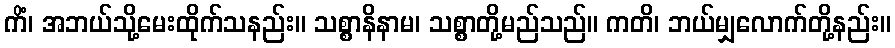
ကိံ၊ အဘယ်သို့မေးထိုက်သနည်း။ သစ္စာနိနာမ၊ သစ္စာတို့မည်သည်။ ကတိ၊ ဘယ်မျှလောက်တို့နည်း။